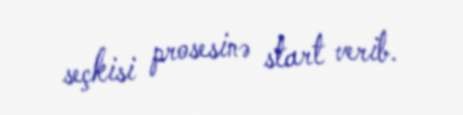
seçkisi prosesinə start verib.